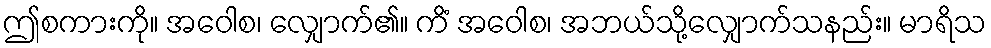
ဤစကားကို။ အဝေါစ၊ လျှောက်၏။ ကိံ အဝေါစ၊ အဘယ်သို့လျှောက်သနည်း။ မာရိသ